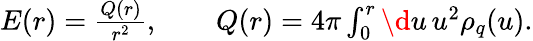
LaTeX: \begin{array}{r}{E(r)=\frac{Q(r)}{r^{2}},\qquad Q(r)=4\pi\int_{0}^{r}\d u\, u^{2}\rho_{q}(u).}\end{array}